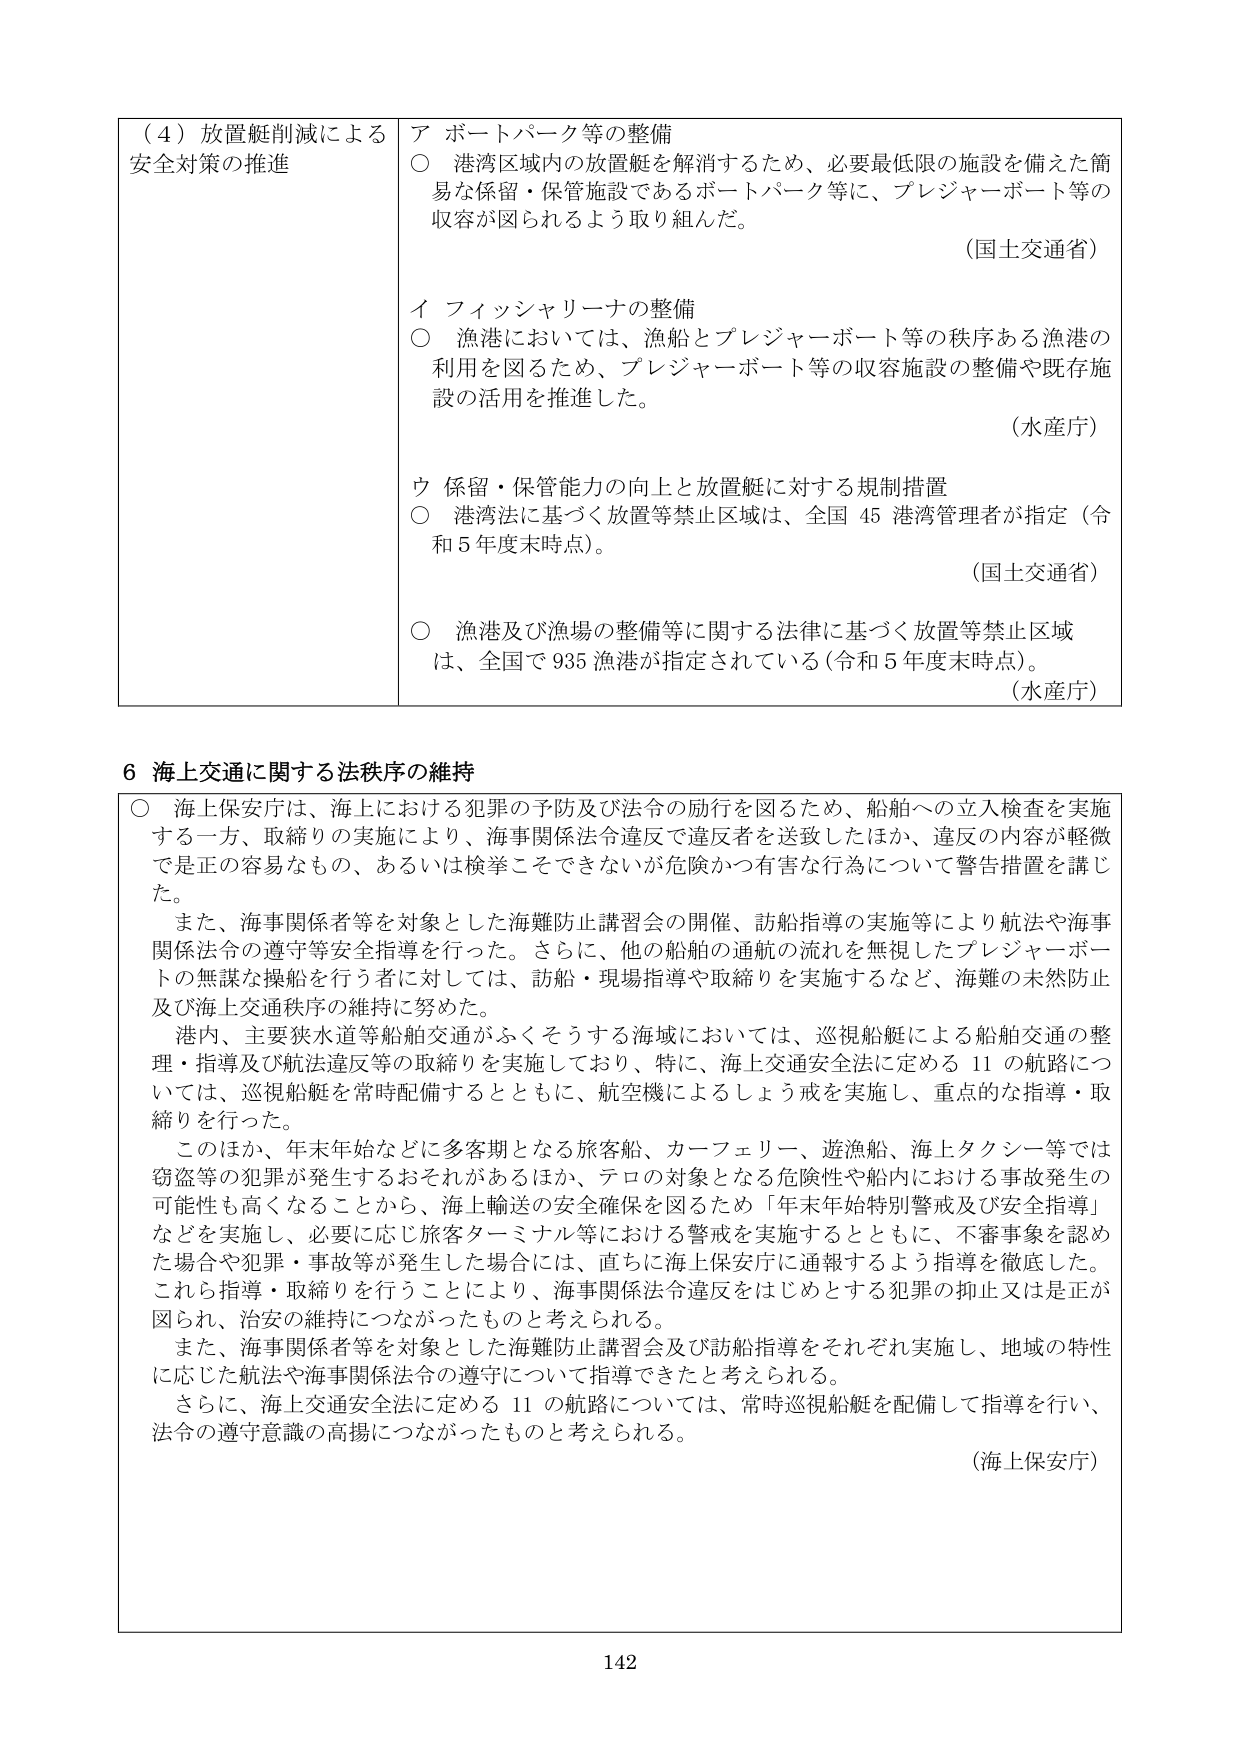
（４）放置艇削減による安全対策の推進

ア ポートパーク等の整備
○ 港湾区域内の放置艇を解消するため、必要最低限の施設を備えた簡易な保留・保管施設であるポートパーク等に、プレジャーボート等の収容が図られるよう取り組んだ。
（国土交通省）

イ フィッシャリーナの整備
○ 漁港においては、漁船とプレジャーボート等の秩序ある漁港の利用を図るため、プレジャーボート等の収容施設の整備や既存施設の活用を推進した。
（水産庁）

ウ 保留・保管能力の向上と放置艇に対する規制措置
○ 港湾法に基づく放置等禁止区域は、全国45港湾管理者が指定（令和5年度末時点）。
（国土交通省）

○ 漁港及び漁場の整備等に関する法律に基づく放置等禁止区域は、全国で935漁港が指定されている（令和5年度末時点）。
（水産庁）

６ 海上交通に関する法秩序の維持

○ 海上保安庁は、海上における犯罪の予防及び法令の励行を図るため、船舶への立入検査を実施する一方、取締りの実施により、海事関係法令違反で違反者を送致したほか、違反の内容が軽微では正の容易なもの、あるいは検挙こそできないが危険かつ有害な行為について警告措置を講じた。

また、海事関係者等を対象とした海難防止講習会の開催、訪船指導の実施等により航法や海事関係法令の遵守等安全指導を行った。さらに、他の船舶の通航の流れを無視したプレジャーボートの無謀な操船を行う者に対しては、訪船・現場指導や取締りを実施するなど、海難の未然防止及び海上交通秩序の維持に努めた。

港内、主要狭水道等船舶交通がふくそうする海域においては、巡視船艇による船舶交通の整理・指導及び航法違反等の取締りを実施しており、特に、海上交通安全法に定める11の航路については、巡視船艇を常時配備するとともに、航空機によるしょう戒を実施し、重点的な指導・取締りを行った。

このほか、年末年始などに多客期となる旅客船、カーフェリー、遊漁船、海上タクシー等では窃盗等の犯罪が発生するおそれがあるほか、テロの対象となる危険性や船内における事故発生の可能性も高くなることから、海上輸送の安全確保を図るため「年末年始特別警戒及び安全指導」などを実施し、必要に応じ旅客ターミナル等における警戒を実施するとともに、不審事象を認めた場合や犯罪・事故等が発生した場合には、直ちに海上保安庁に通報するよう指導を徹底した。これら指導・取締りを行うことにより、海事関係法令違反をはじめとする犯罪の抑止又は是正が図られ、治安の維持につながったものと考えられる。

また、海事関係者等を対象とした海難防止講習会及び訪船指導をそれぞれ実施し、地域の特性に応じた航法や海事関係法令の遵守について指導できたと考えられる。

さらに、海上交通安全法に定める11の航路については、常時巡視船艇を配備して指導を行い、法令の遵守意識の高揚につながったものと考えられる。

（海上保安庁）

142